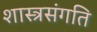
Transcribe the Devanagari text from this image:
शास्त्रसंगति